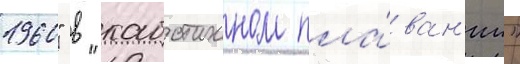
1960" в "каботажном пла́ван'ии"